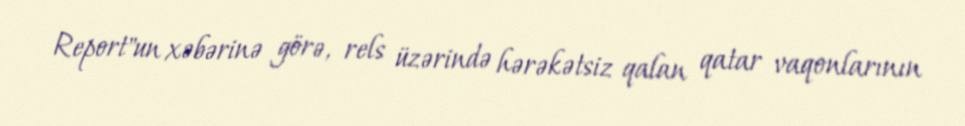
Report"un xəbərinə görə, rels üzərində hərəkətsiz qalan qatar vaqonlarının